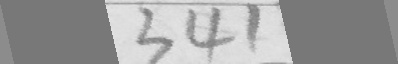
3 4 1